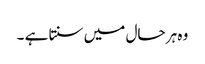
وہ ہر حال میں سنتا ہے ۔